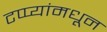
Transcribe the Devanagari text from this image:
टप्प्यांमधून